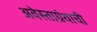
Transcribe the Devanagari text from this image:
अवेस्ताग्रंथाची